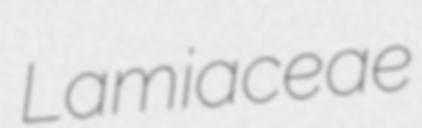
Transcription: Lamiaceae